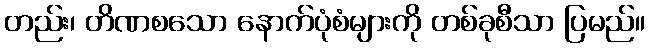
တည်း၊ တိဏစသော နောက်ပုံစံများကို တစ်ခုစီသာ ပြမည်။